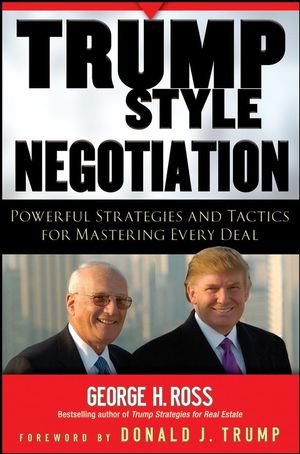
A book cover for Trump-Style Negotiation: Powerful Strategies and Tactics for Mastering Every Deal; George H. Ross; Business & Money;